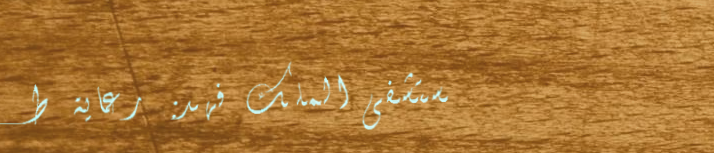
مستشفى الملك فهد: رعاية ط